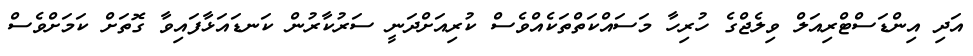
އަދި އިންޑަސްޓްރިއަލް ވިލެޖްގެ ހުރިހާ މަސައްކަތްތަކެއްވެސް ކުރިއަށްދަނީ ސަރުކާރުން ކަނޑައަޅާފައިވާ ގޮތަށް ކަމަށްވެސް